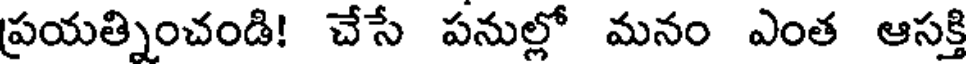
ప్రయత్నించండి! చేసే పనుల్లో మనం ఎంత ఆసక్తి